Reports on dispensaries and lunatic asylums in the Province of Oudh - 1869-1876
Year: 1869
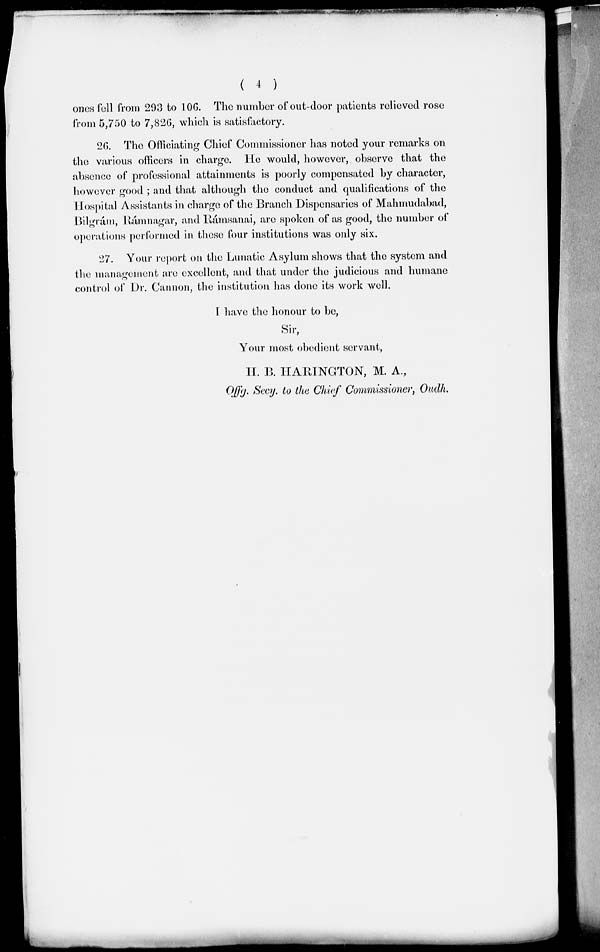
( 4 )
ones fell from 293 to 106. The number of out-door patients relieved rose
from 5,750 to 7,826, which is satisfactory.
26. The Officiating Chief Commissioner has noted your remarks on
the various officers in charge. He would, however, observe that the
absence of professional attainments is poorly compensated by character,
however good ; and that although the conduct and qualifications of the
Hospital Assistants in charge of the Branch Dispensaries of Mahmudabad,
Bilgrám, Rámnagar, and Rámsanai, are spoken of as good, the number of
operations performed in these four institutions was only six.
27. Your report on the Lunatic Asylum shows that the system and
the management are excellent, and that under the judicious and humane
control of Dr. Cannon, the institution has done its work well.
I have the honour to be,
Sir,
Your most obedient servant,
H. B. HARINGTON, M. A.,
Offg. Secy. to the Chief Commissioner, Oudh.